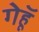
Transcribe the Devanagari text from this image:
गेहूॅ